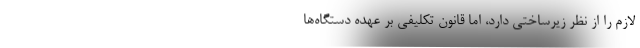
لازم را از نظر زیرساختی دارد، اما قانون تکلیفی بر عهده دستگاه‌ها